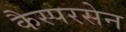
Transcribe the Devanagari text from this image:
कैस्परसेन